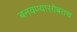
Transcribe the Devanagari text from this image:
बनवण्यासोबतच